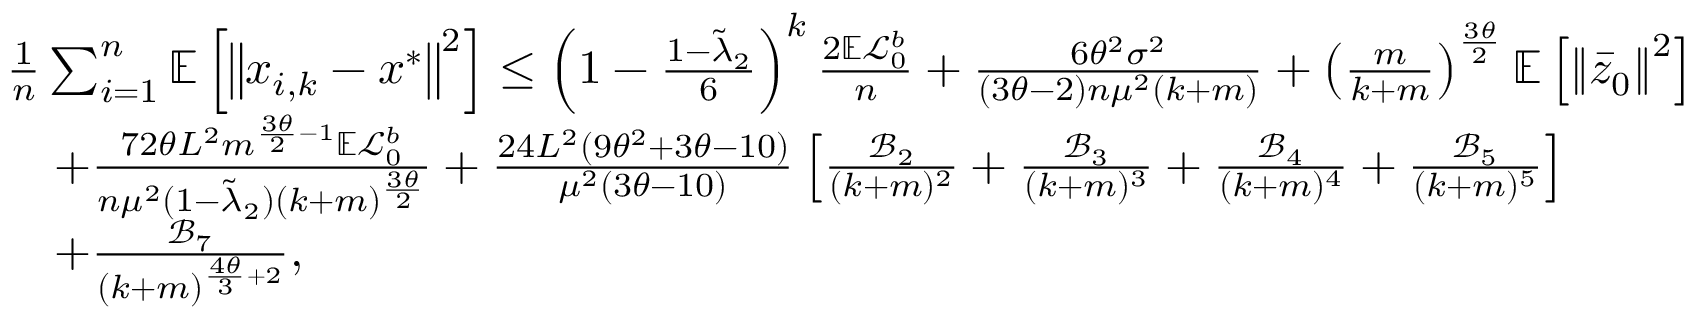
\begin{array} { r l } & { \frac { 1 } { n } \sum _ { i = 1 } ^ { n } \mathbb { E } \left[ \left\Vert x _ { i , k } - x ^ { * } \right\Vert ^ { 2 } \right] \leq \left( 1 - \frac { 1 - \tilde { \lambda } _ { 2 } } { 6 } \right) ^ { k } \frac { 2 \mathbb { E } \mathcal { L } _ { 0 } ^ { b } } { n } + \frac { 6 \theta ^ { 2 } \sigma ^ { 2 } } { ( 3 \theta - 2 ) n \mu ^ { 2 } ( k + m ) } + \left( \frac { m } { k + m } \right) ^ { \frac { 3 \theta } { 2 } } \mathbb { E } \left[ \left\Vert \bar { z } _ { 0 } \right\Vert ^ { 2 } \right] } \\ & { \quad + \frac { 7 2 \theta L ^ { 2 } m ^ { \frac { 3 \theta } { 2 } - 1 } \mathbb { E } \mathcal { L } _ { 0 } ^ { b } } { n \mu ^ { 2 } ( 1 - \tilde { \lambda } _ { 2 } ) ( k + m ) ^ { \frac { 3 \theta } { 2 } } } + \frac { 2 4 L ^ { 2 } ( 9 \theta ^ { 2 } + 3 \theta - 1 0 ) } { \mu ^ { 2 } ( 3 \theta - 1 0 ) } \left[ \frac { \mathcal { B } _ { 2 } } { ( k + m ) ^ { 2 } } + \frac { \mathcal { B } _ { 3 } } { ( k + m ) ^ { 3 } } + \frac { \mathcal { B } _ { 4 } } { ( k + m ) ^ { 4 } } + \frac { \mathcal { B } _ { 5 } } { ( k + m ) ^ { 5 } } \right] } \\ & { \quad + \frac { \mathcal { B } _ { 7 } } { ( k + m ) ^ { \frac { 4 \theta } { 3 } + 2 } } , } \end{array}